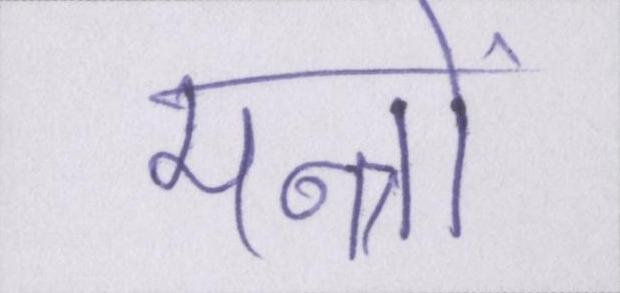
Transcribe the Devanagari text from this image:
मन्त्रों